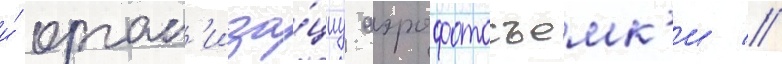
и́ орган'иза́циу аэрофотосъемк'и //